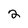
Character: 2